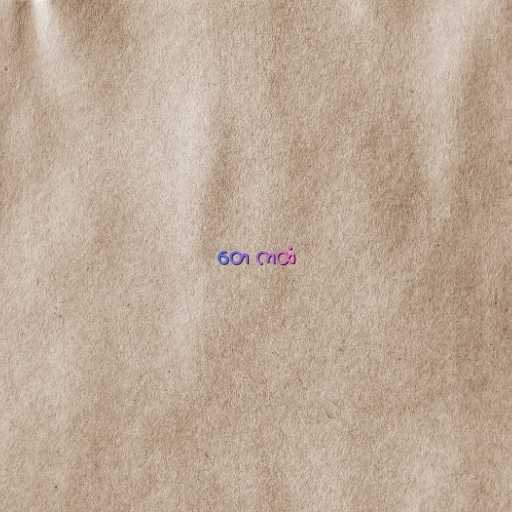
တေ ကထံ